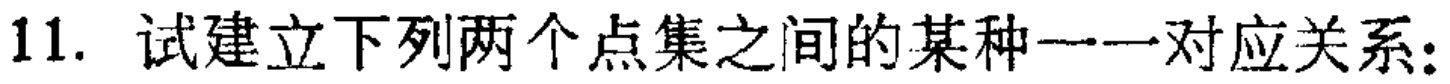
11. 试建立下列两个点集之间的某种一一对应关系：